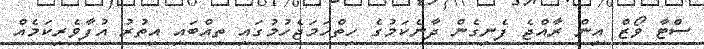
ސްޓާ ވޯޒް އިން ރާއްޖެ ފެނިގެން ދާނެކަމުގެ ހިތްހަމަޖެހުމުގައި ތިއްބައި އިތުރު އުފާވެރިކަމެއް